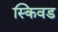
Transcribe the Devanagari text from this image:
स्किवड